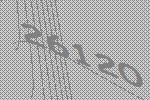
26120